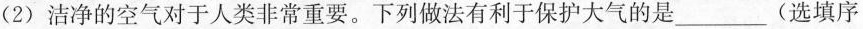
(2)洁净的空气对于人类非常重要。下列做法有利于保护大气的是___(选填序